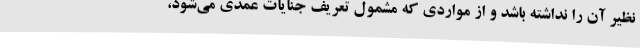
نظیر آن را نداشته باشد و از مواردی که مشمول تعریف جنایات عمدی می‌شود،